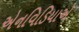
એનવિડિયાએ